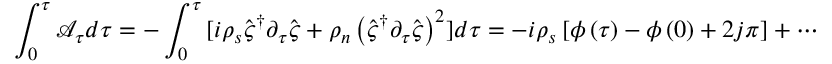
\int _ { 0 } ^ { \tau } { \mathcal { A } _ { \tau } d \tau } = - \int _ { 0 } ^ { \tau } { [ i \rho _ { s } \hat { \varsigma } ^ { \dagger } \partial _ { \tau } \hat { \varsigma } + \rho _ { n } \left( \hat { \varsigma } ^ { \dagger } \partial _ { \tau } \hat { \varsigma } \right) ^ { 2 } ] d \tau } = - i \rho _ { s } \left[ \phi \left( \tau \right) - \phi \left( 0 \right) + 2 j \pi \right] + \cdots